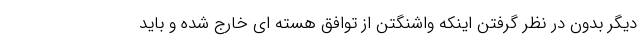
دیگر بدون در نظر گرفتن اینکه واشنگتن از توافق هسته ای خارج شده و باید